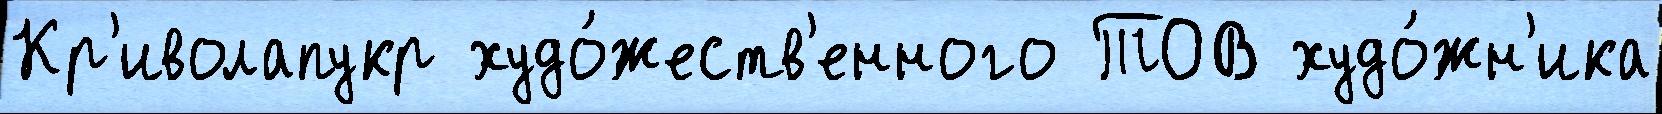
Кр'иволапукр худо́жеств'енного ТОВ худо́жн'ика